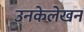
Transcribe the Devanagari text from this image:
उनकेलेखन